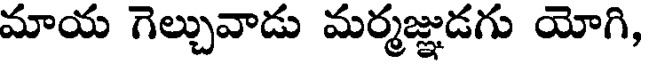
మాయ గెల్చువాడు మర్మజ్ఞుడగు యోగి,